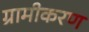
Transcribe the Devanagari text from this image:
ग्रामीकरण